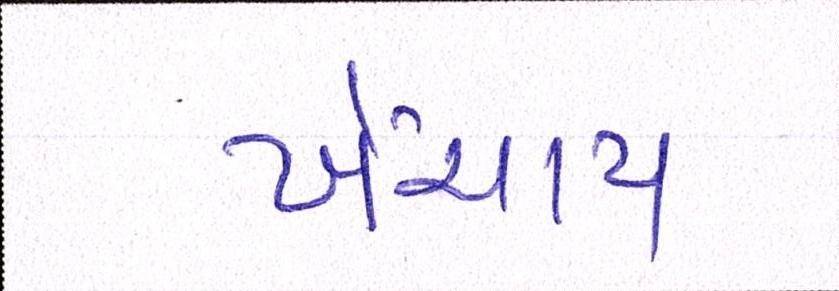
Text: ખેંચાય